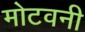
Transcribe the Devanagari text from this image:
मोटवनी